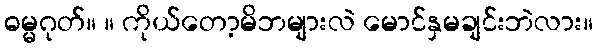
ဓမ္မဂုတ်။ ။ ကိုယ်တော့မိဘများလဲ မောင်နှမချင်းဘဲလား။